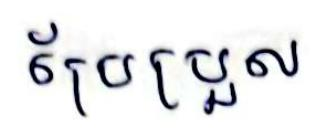
ប្រែប្រួល